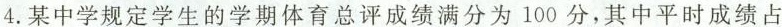
4.某中学规定学生的学期体育总评成绩满分为100分，其中平时成绩占